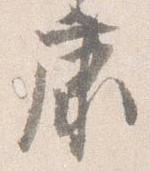
康